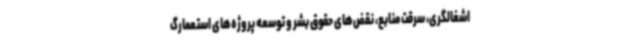
اشغالگری، سرقت منابع، نقض‌های حقوق بشر و توسعه پروژه‌های استعمارگ